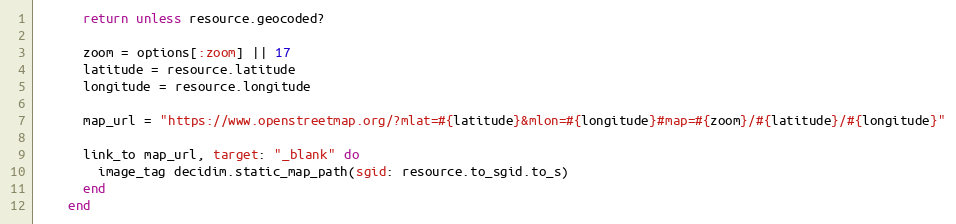
Language: Ruby
      return unless resource.geocoded?

      zoom = options[:zoom] || 17
      latitude = resource.latitude
      longitude = resource.longitude

      map_url = "https://www.openstreetmap.org/?mlat=#{latitude}&mlon=#{longitude}#map=#{zoom}/#{latitude}/#{longitude}"

      link_to map_url, target: "_blank" do
        image_tag decidim.static_map_path(sgid: resource.to_sgid.to_s)
      end
    end